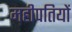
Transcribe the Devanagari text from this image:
महीपतियों